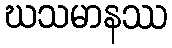
ဃသမာနဿ